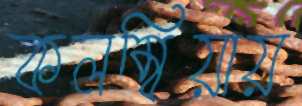
কলম্বিয়ায়